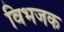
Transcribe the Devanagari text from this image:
विभजक